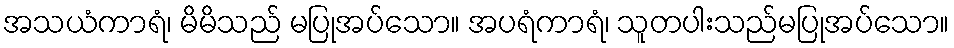
အသယံကာရံ၊ မိမိသည် မပြုအပ်သော။ အပရံကာရံ၊ သူတပါးသည်မပြုအပ်သော။